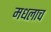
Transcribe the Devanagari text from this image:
मधलाच